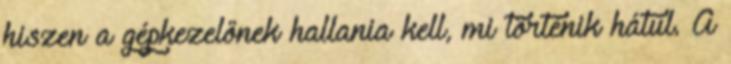
hiszen a gépkezelőnek hallania kell, mi történik hátul. A